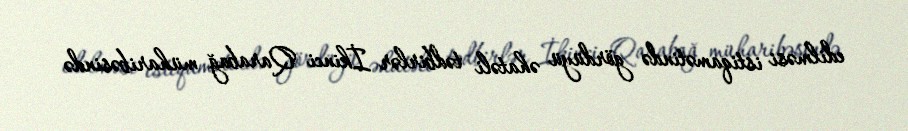
edilməsi istiqamətində gördüyü əhatəli tədbirlər İkinci Qarabağ müharibəsində